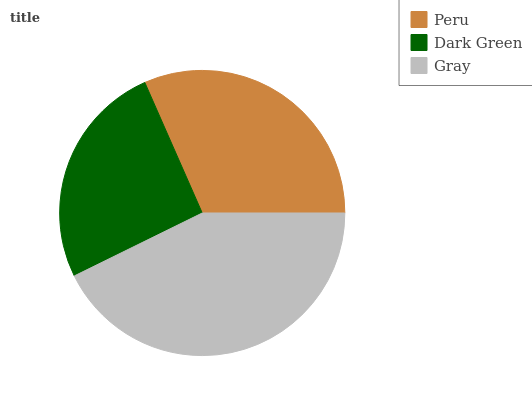
| Peru | Dark Green | Gray |
 | --- | --- | --- |
 | 31.7% | 25.6% | 42.7% |